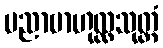
ပညာဗာဟုလ္လသုတ္တံ